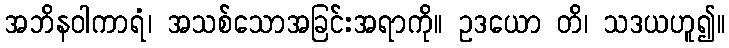
အဘိနဝါကာရံ၊ အသစ်သောအခြင်းအရာကို။ ဥဒယော တိ၊ သဒယဟူ၍။